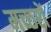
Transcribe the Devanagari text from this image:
मच्‍छरों